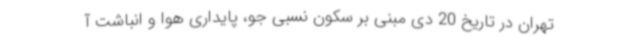
تهران در تاریخ 20 دی مبنی بر سکون نسبی جو، پایداری هوا و انباشت آ